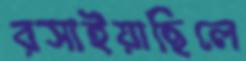
রসাইয়াছিলে